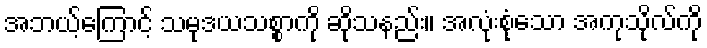
အဘယ့်ကြောင့် သမုဒယသစ္စာကို ဆိုသနည်း။ အလုံးစုံသော အကုသိုလ်ကို